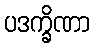
ပဒက္ခိဏာ